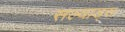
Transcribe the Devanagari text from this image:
सल्याड्स